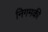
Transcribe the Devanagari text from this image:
निगमकी